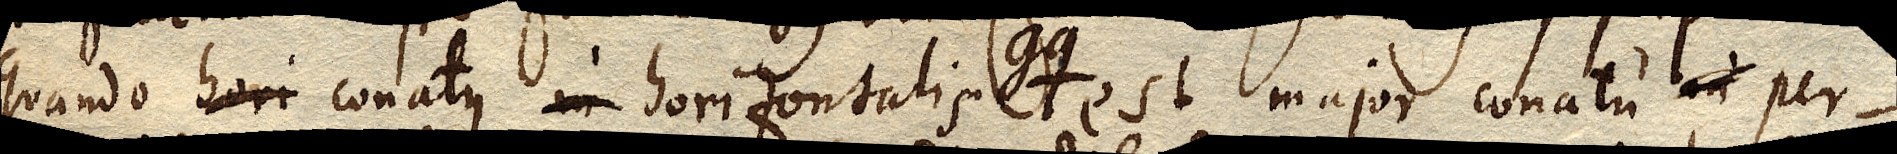
quando hori conatus inhorizontalis est major conatu ad per –